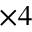
\times 4